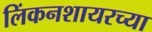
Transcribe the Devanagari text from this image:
लिंकनशायरच्या